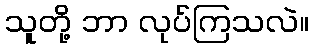
သူတို့ ဘာ လုပ်ကြသလဲ။